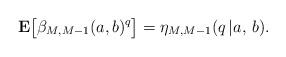
LaTeX: \begin{align*}{\bf E}\bigl[\beta_{M, M-1}(a,b)^q\bigr] = \eta_{M, M-1}(q\,|a,\,b). \end{align*}